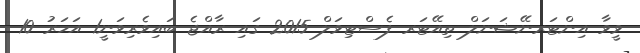
ވީވާ އިންޓަރނޭޝަނަލް ތިއޭޓަރ ފެސްޓިވަލް 2015 ގައި ރާއްޖެ ބައިވެރިވަނީ1 އަހަރު 10